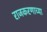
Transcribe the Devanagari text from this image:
राजकरणाच्या